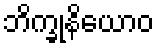
ဘိက္ခုနိယောဝ